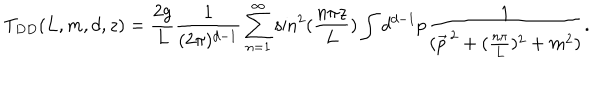
T _ { D D } ( L , m , d , z ) = \frac { 2 g } { L } \frac { 1 } { ( 2 \pi ) ^ { d - 1 } } \sum _ { n = 1 } ^ { \infty } \sin ^ { 2 } ( \frac { n \pi z } { L } ) \int d ^ { d - 1 } p \frac { 1 } { ( \vec { p } ^ { \, 2 } + ( \frac { n \pi } { L } ) ^ { 2 } + m ^ { 2 } ) } .